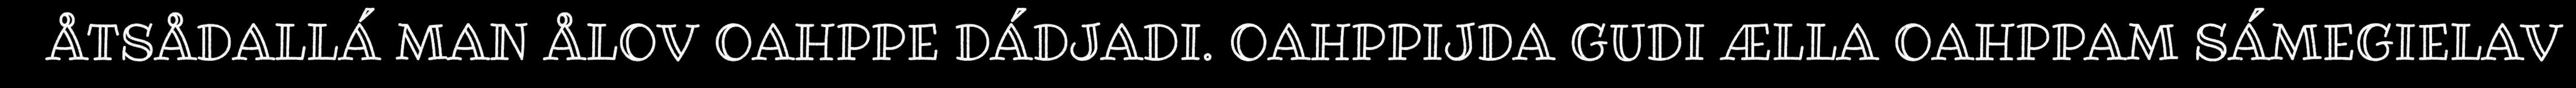
ÅTSÅDALLÁ MAN ÅLOV OAHPPE DÁDJADI. OAHPPIJDA GUDI ÆLLA OAHPPAM SÁMEGIELAV